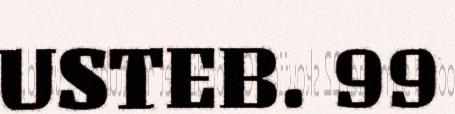
USTEB. 99